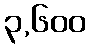
၃,၆၀၀